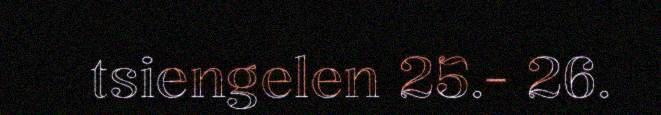
tsiengelen 25.- 26.